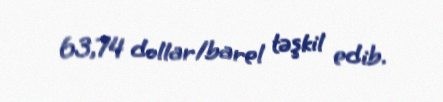
63,74 dollar/barel təşkil edib.